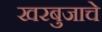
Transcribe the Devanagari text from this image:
खरबुजाचे